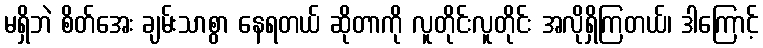
မရှိဘဲ စိတ်အေး ချမ်းသာစွာ နေရတယ် ဆိုတာကို လူတိုင်းလူတိုင်း အလိုရှိကြတယ်၊ ဒါကြောင့်